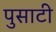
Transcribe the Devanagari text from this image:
पुसाटी